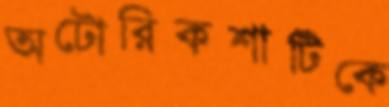
অটোরিকশাটিকে